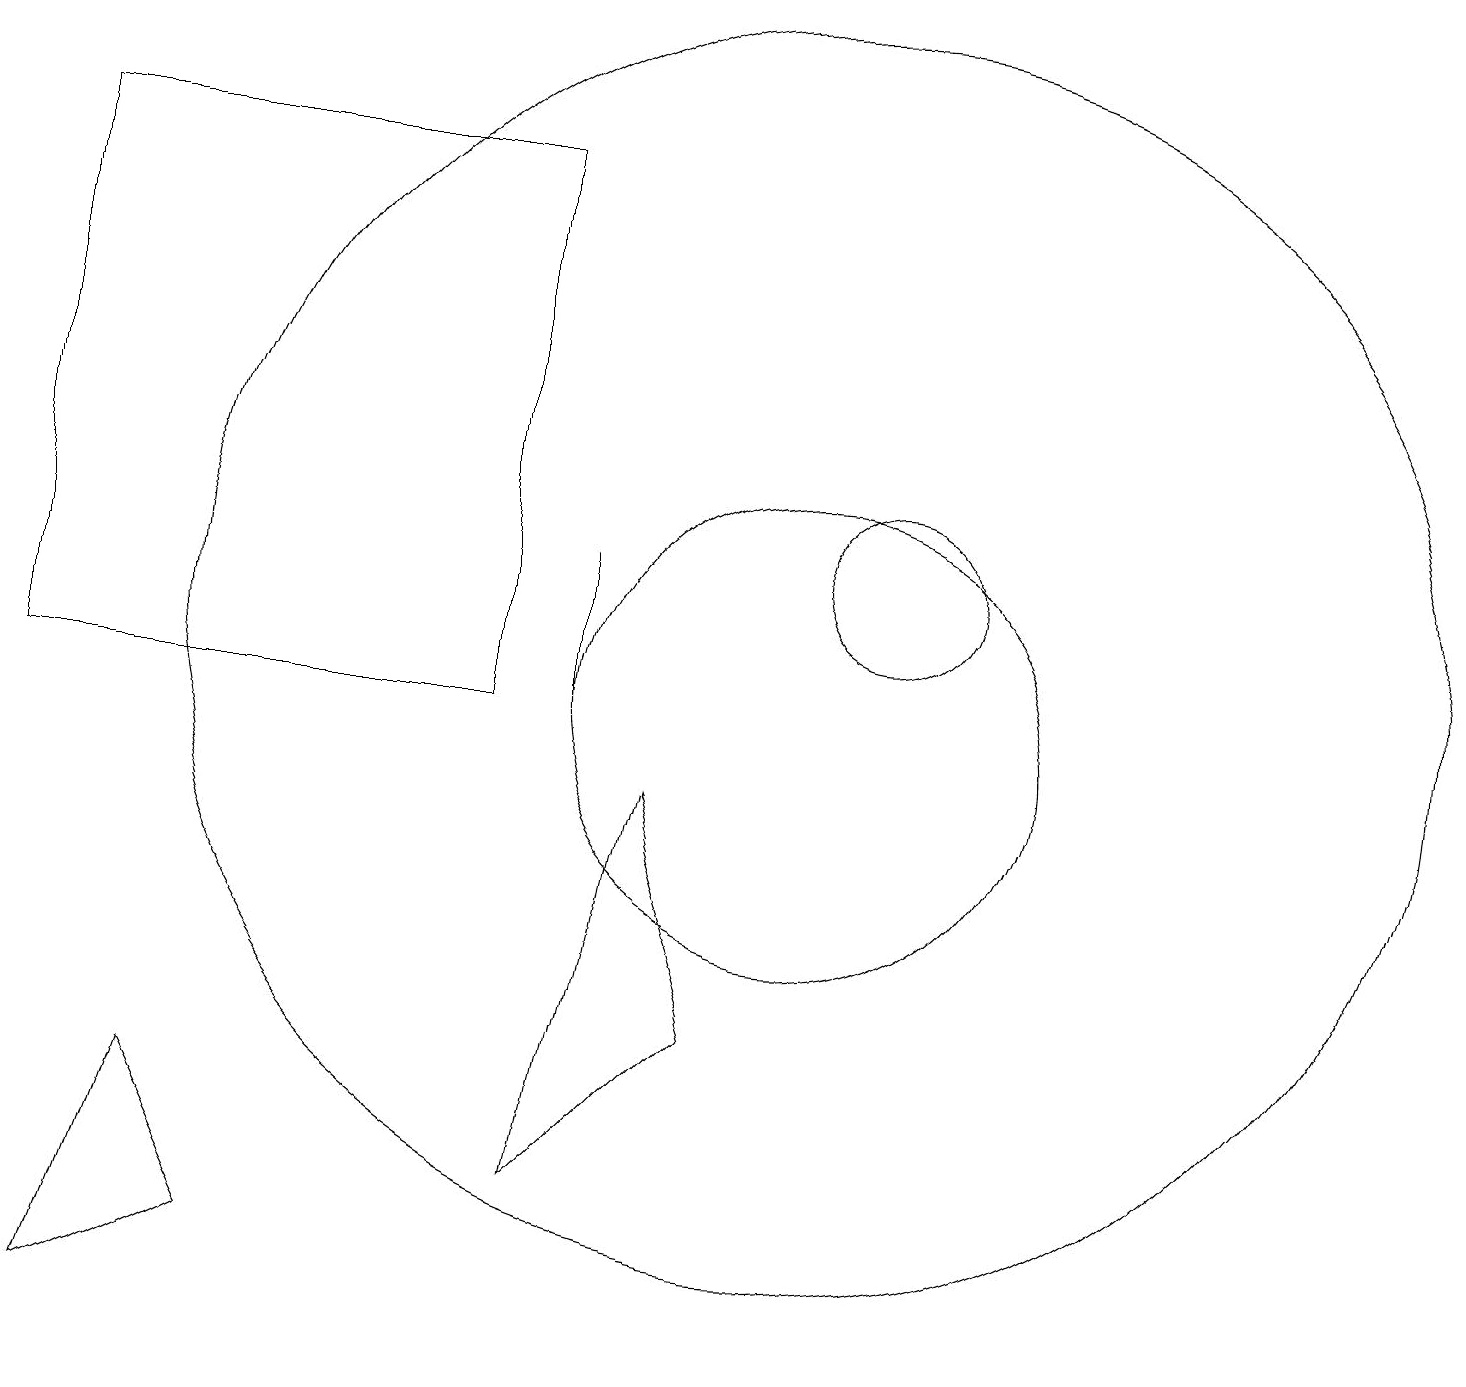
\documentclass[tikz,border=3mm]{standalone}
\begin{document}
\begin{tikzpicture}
\draw (10,11) circle (8);
\draw (10,10) circle (3);
\draw (11,12) circle (1);
\draw (9,6) -- (8,9) -- (7,4) -- cycle;
\draw (0,17) rectangle (6,10);
\draw (7,12) rectangle (7,10);
\draw (3,3) -- (1,2) -- (2,5) -- cycle;
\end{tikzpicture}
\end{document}